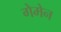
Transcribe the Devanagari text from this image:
गेमेन